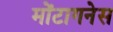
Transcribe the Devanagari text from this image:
मोंटागनेस